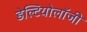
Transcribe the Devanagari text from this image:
डेल्टियोलॉजी